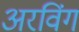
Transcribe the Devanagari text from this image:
अरविंग